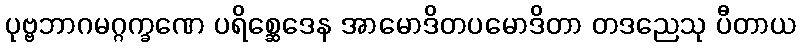
ပုဗ္ဗဘာဂမဂ္ဂက္ခဏေ ပရိစ္ဆေဒေန အာမောဒိတပမောဒိတာ တဒညေသု ပီတာယ